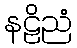
နဠိညံ